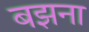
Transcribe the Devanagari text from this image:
बझना